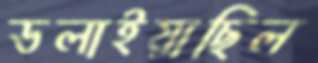
ডলাইয়াছিল